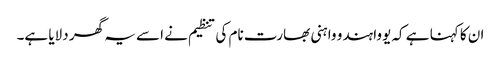
ان کا کہنا ہے کہ یووا ہندو واہنی بھارت نام کی تنظیم نے اسے یہ گھر دلایا ہے۔